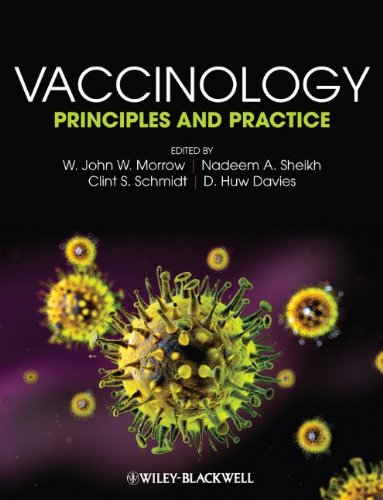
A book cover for Vaccinology: Principles and Practice; Medical Books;